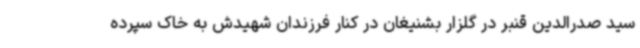
سید صدرالدین قنبر در گلزار بشنیغان در کنار فرزندان شهیدش به خاک سپرده